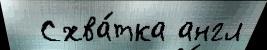
  Схва́тка англ